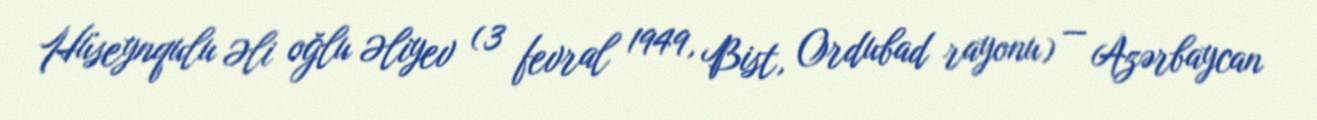
Hüseynqulu Əli oğlu Əliyev (3 fevral 1949, Bist, Ordubad rayonu) — Azərbaycan